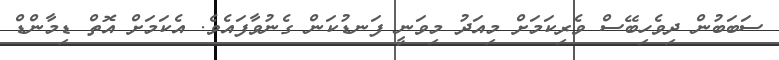
ސަބަބުން ދިވެހިބޭސް ވެރިކަމަށް މިއަދު މިވަނީ ފަނޑުކަން ގެނުވާފައެވެ. އެކަމަށް އޮތް ޑިމާންޑް